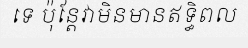
ទេ ប៉ុន្តែវាមិនមានឥទ្ធិពល